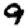
Digit: 9